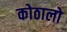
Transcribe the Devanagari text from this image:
कोठालो